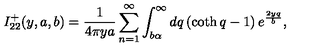
I _ { 2 2 } ^ { + } ( y , a , b ) = \frac { 1 } { 4 \pi y a } \sum _ { n = 1 } ^ { \infty } \int _ { b \alpha } ^ { \infty } d q \left( \coth q - 1 \right) e ^ { \frac { 2 y q } { b } } ,